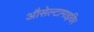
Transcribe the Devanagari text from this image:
औसेल्टामाइविर